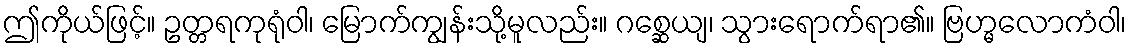
ဤကိုယ်ဖြင့်။ ဥတ္တရကုရုံဝါ၊ မြောက်ကျွန်းသို့မူလည်း။ ဂစ္ဆေယျ၊ သွားရောက်ရာ၏။ ဗြဟ္မလောကံဝါ၊